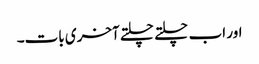
اور اب چلتے چلتے آخری بات۔